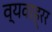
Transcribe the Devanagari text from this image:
व्यवाह्रर